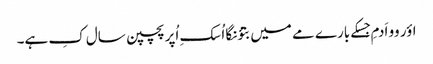
اؤر وو اَدمِ جِسکے بارے مے میں بتؤنگا اُسکِ اُپر پچپن سال کِ ہے۔